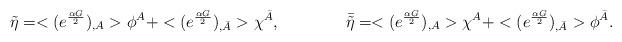
LaTeX: \begin{align*}\tilde \eta = <(e^{\frac{\alpha G}{2}})_{,A}>\phi^A + <(e^{\frac{\alpha G}{2}})_{,\bar A}>\chi^{\bar A},\qquad\qquad \bar {\tilde\eta} = <(e^{\frac{\alpha G}{2}})_{,A}>\chi^A + <(e^{\frac{\alpha G}{2}})_{,\bar A}>\phi^{\bar A}.\end{align*}